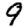
Digit: 9